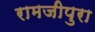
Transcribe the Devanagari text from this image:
रामजीपुरा